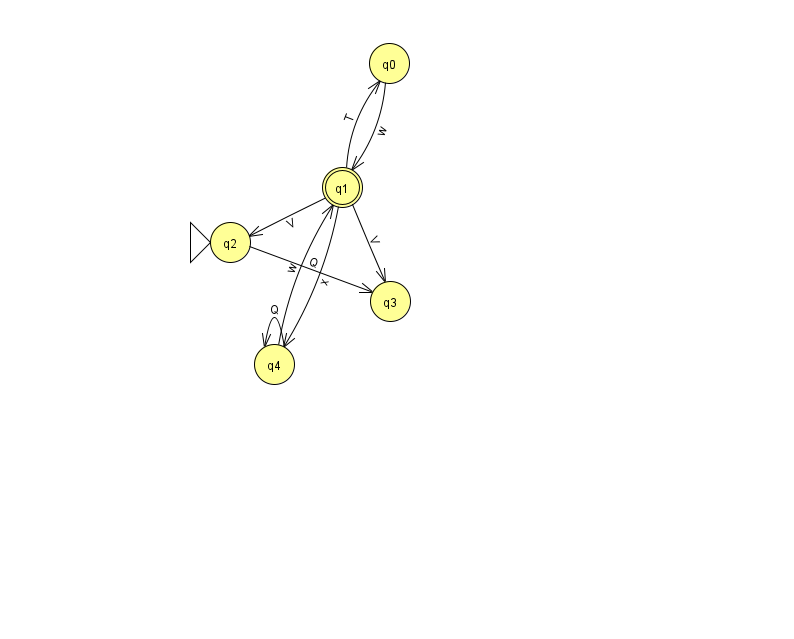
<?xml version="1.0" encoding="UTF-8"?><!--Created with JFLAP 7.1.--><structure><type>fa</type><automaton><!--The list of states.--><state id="0" name="q0"><x>389.0</x><y>50.0</y></state><state id="1" name="q1"><x>342.0</x><y>174.0</y><final/></state><state id="2" name="q2"><x>230.0</x><y>229.0</y><initial/></state><state id="3" name="q3"><x>390.0</x><y>288.0</y></state><state id="4" name="q4"><x>274.0</x><y>351.0</y></state><!--The list of transitions.--><transition><from>4</from><to>4</to><read>Q</read></transition><transition><from>1</from><to>2</to><read>V</read></transition><transition><from>4</from><to>1</to><read>w</read></transition><transition><from>1</from><to>3</to><read>V</read></transition><transition><from>1</from><to>0</to><read>T</read></transition><transition><from>0</from><to>1</to><read>w</read></transition><transition><from>1</from><to>4</to><read>x</read></transition><transition><from>2</from><to>3</to><read>Q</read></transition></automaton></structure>